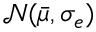
\mathcal { N } ( \bar { \mu } , \sigma _ { e } )